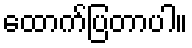
ထောက်ပြတာပါ။